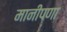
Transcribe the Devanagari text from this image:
मानीपणा